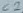
Text: C2